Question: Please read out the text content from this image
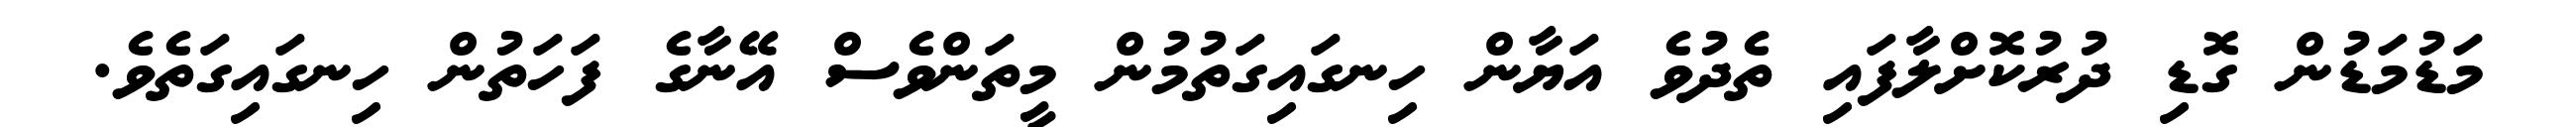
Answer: މަޑުމަޑުން ގޮޑި ދުރުކޮށްލާފައި ތެދުވެ އަޔާން ހިނގައިގަތުމުން މީތަންވެސް އޭނާގެ ފަހަތުން ހިނގައިގަތެވެ.